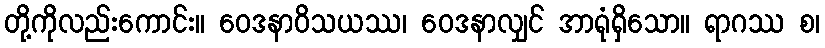
တို့ကိုလည်းကောင်း။ ဝေဒနာဝိသယဿ၊ ဝေဒနာလျှင် အာရုံရှိသော။ ရာဂဿ စ၊